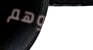
تدعوهم